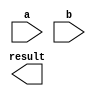
`timescale 1ns/10ps
module bitpair_mult(input wire[31:0] a, b, output wire[63:0] result);

	//bitpair_mult bpm(b, a, result);

endmodule
/*
module booth_algo(input wire[31:0] q, output wire[31:0] sign, value);

	wire[31:0] q_shifted = q << 1;
	assign value = q ^ q_shifted;
	assign sign = value & q;
	
endmodule*/


module arithmetic_mult(input signed [31:0] m, q, output[63:0] out);

    reg [2:0] bit_pair [15:0]; 				
    reg signed [32:0] hold [15:0];  		
    reg signed [63:0] shifted_hold [15:0];
	 reg signed [63:0] sum = 0;
	 wire signed[32:0] negativeM;
	 assign negativeM = -m;
	 integer i;
	 always @ (m or q or negativeM)
    begin
        bit_pair[0] = {q[1], q[0], 1'b0};
        for(i=1;i<16;i=i+1) begin
             bit_pair[i] = {q[2*i+1],q[2*i],q[2*i-1]};
        end
        for(i=0;i<16;i=i+1)begin
            case(bit_pair[i])
                3'b001 , 3'b010 : hold[i] = {m[31],m};
                3'b011 : hold[i] = {m,1'b0};
                3'b100 : hold[i] = {negativeM[31:0],1'b0};
                3'b101 , 3'b110 : hold[i] = negativeM;
                default : hold[i] = 0;
            endcase
            shifted_hold[i] = hold[i] << (2*i);
        end
        sum = shifted_hold[0];
        for(i=1;i<16;i=i+1) begin
          sum = sum + shifted_hold[i];
        end
    end
    assign out = sum;
endmodule
	 

/*
module bitpair_recoding(input wire[1:0] sign, value, output integer val);

	integer temp;
	
	initial begin
		case(value)
			2'b00 : temp = 0;
			2'b01 : begin
							temp = 1;
							if (sign[0])
								temp = -1;
					  end
			2'b10 : begin
							temp = 2;
							if (sign[1])
								temp = -2;
					  end
			2'b11 : begin
							temp = -1;
							if (sign[0])
								temp = 1;
					  end
			default: temp = -9999;
		endcase
	val = temp;
	end
endmodule
*/